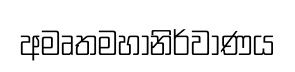
අමෘතමහානිර්වාණය